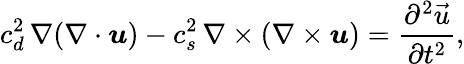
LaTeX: c_{d}^{2}\, \nabla(\nabla\cdot\boldsymbol{u})-c_{s}^{2}\, \nabla\times(\nabla\times\boldsymbol{u})=\frac{\partial^{2}\vec{u}}{\partial t^{2}},